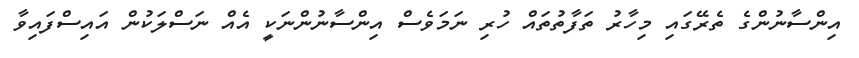
އިންސާނުންގެ ތެރޭގައި މިހާރު ތަފާތުތައް ހުރި ނަމަވެސް އިންސާނުންނަކީ އެއް ނަސްލަކުން އައިސްފައިވާ